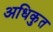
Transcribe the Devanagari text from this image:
अधिकुत